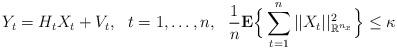
LaTeX: \begin{align*}Y_t=H_tX_t+V_t, \ \ t=1, \ldots, n, \ \ \frac{1}{n} {\bf E} \Big\{\sum_{t=1}^{n} ||X_t||_{{\mathbb R}^{n_x}}^2\Big\} \leq \kappa \end{align*}